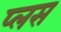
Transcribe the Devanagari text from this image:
प्‍लस